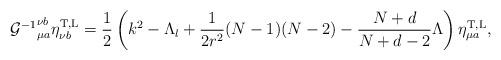
LaTeX: \begin{align*}{{\cal G}^{-1}}^{\nu b}_{\mu a}\eta^{\rm T,L}_{\nu b}=\frac{1}{2}\left(k^{2}-\Lambda_{l}+\frac{1}{2r^{2}}(N-1)(N-2)-\frac{N+d}{N+d-2}\Lambda\right)\eta^{\rm T,L}_{\mu a},\end{align*}